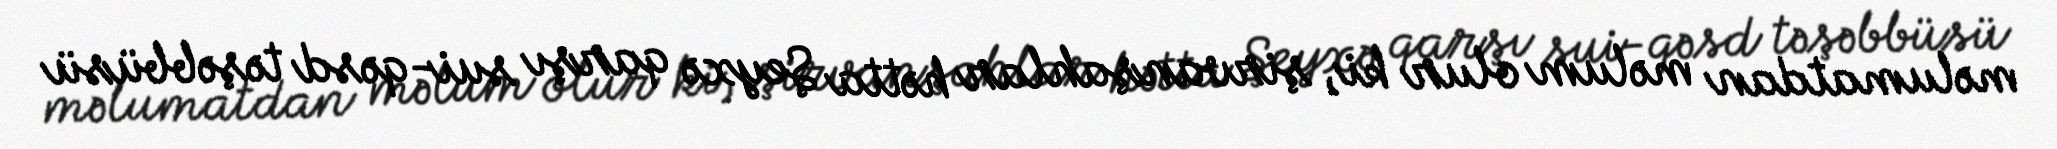
məlumatdan məlum olur ki, şirvanşahlar hətta Şeyxə qarşı sui-qəsd təşəbbüsü